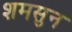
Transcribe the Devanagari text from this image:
शमसुन